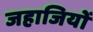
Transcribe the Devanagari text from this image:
जहाजियों